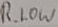
Text: R_LOW